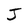
Character: J